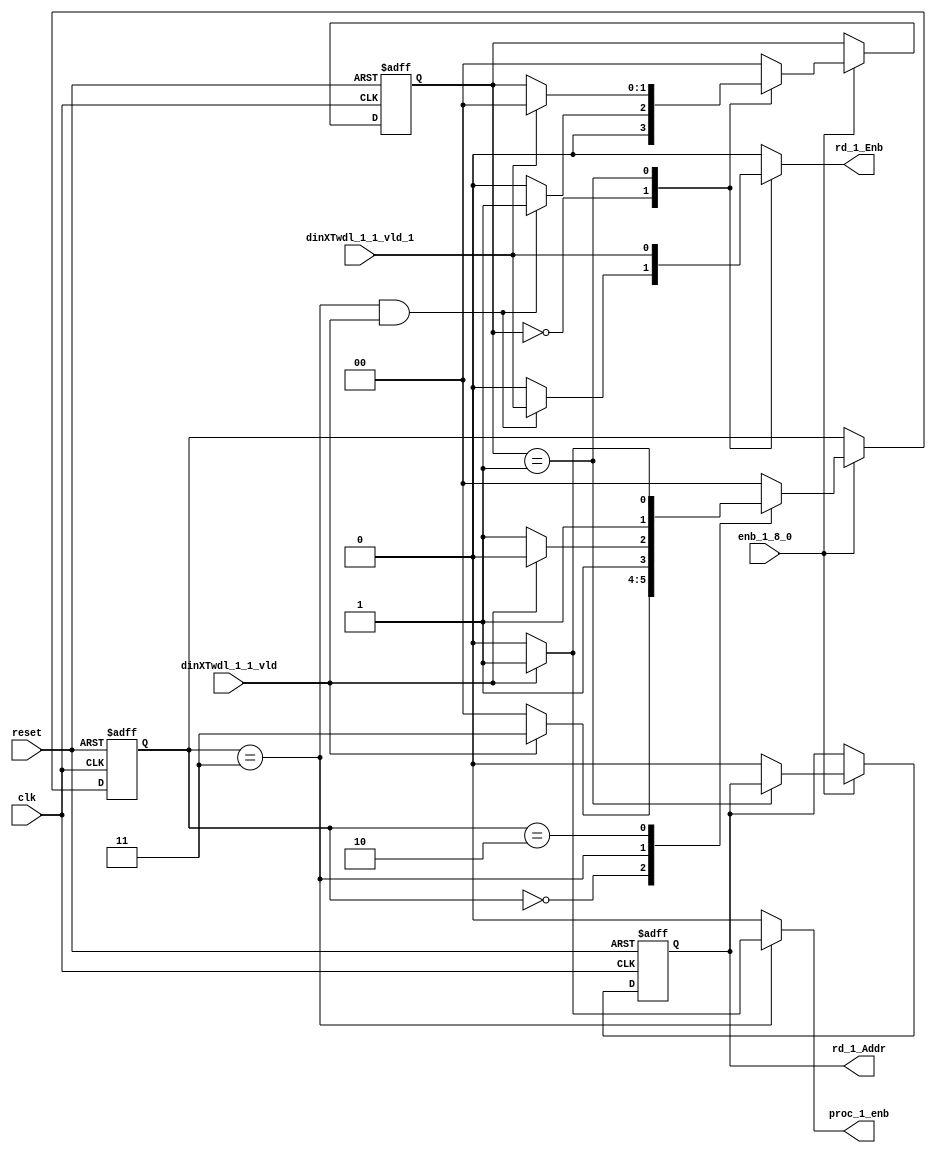
// -------------------------------------------------------------
// 
// 
// Generated by MATLAB 9.13 and HDL Coder 4.0
// 
// -------------------------------------------------------------


// -------------------------------------------------------------
// 
// Module: RADIX22FFT_CTRL1_1
// Source Path: joe_fft/FFT/RADIX22FFT_CTRL1_1
// Hierarchy Level: 2
// 
// -------------------------------------------------------------

`timescale 1 ns / 1 ns

module RADIX22FFT_CTRL1_1
          (clk,
           reset,
           enb_1_8_0,
           dinXTwdl_1_1_vld,
           dinXTwdl_1_1_vld_1,
           rd_1_Addr,
           rd_1_Enb,
           proc_1_enb);


  input   clk;
  input   reset;
  input   enb_1_8_0;
  input   dinXTwdl_1_1_vld;
  input   dinXTwdl_1_1_vld_1;
  output  rd_1_Addr;
  output  rd_1_Enb;
  output  proc_1_enb;


  reg [1:0] SDFController_wrState;  // ufix2
  reg [1:0] SDFController_rdState;  // ufix2
  reg  SDFController_rdAddr_reg;  // ufix1
  reg [1:0] SDFController_multjState;  // ufix2
  reg [1:0] SDFController_wrState_next;  // ufix2
  reg [1:0] SDFController_rdState_next;  // ufix2
  reg  SDFController_rdAddr_reg_next;  // ufix1
  reg [1:0] SDFController_multjState_next;  // ufix2
  reg  rd_1_Addr_1;
  reg  rd_1_Enb_1;
  reg  proc_1_enb_1;
  reg  multiply_1_J;


  // SDFController
  always @(posedge clk or posedge reset)
    begin : SDFController_process
      if (reset == 1'b1) begin
        SDFController_rdAddr_reg <= 1'b0;
        SDFController_wrState <= 2'b00;
        SDFController_rdState <= 2'b00;
        SDFController_multjState <= 2'b00;
      end
      else begin
        if (enb_1_8_0) begin
          SDFController_wrState <= SDFController_wrState_next;
          SDFController_rdState <= SDFController_rdState_next;
          SDFController_rdAddr_reg <= SDFController_rdAddr_reg_next;
          SDFController_multjState <= SDFController_multjState_next;
        end
      end
    end

  always @(SDFController_multjState, SDFController_rdAddr_reg, SDFController_rdState,
       SDFController_wrState, dinXTwdl_1_1_vld, dinXTwdl_1_1_vld_1) begin
    SDFController_wrState_next = SDFController_wrState;
    SDFController_rdState_next = SDFController_rdState;
    SDFController_rdAddr_reg_next = SDFController_rdAddr_reg;
    SDFController_multjState_next = SDFController_multjState;
    case ( SDFController_multjState)
      2'b00 :
        begin
          SDFController_multjState_next = 2'b00;
          multiply_1_J = 1'b0;
          if (SDFController_rdState == 2'b01) begin
            SDFController_multjState_next = 2'b01;
          end
        end
      2'b01 :
        begin
          multiply_1_J = 1'b0;
          if (SDFController_rdState == 2'b00) begin
            SDFController_multjState_next = 2'b10;
          end
        end
      2'b10 :
        begin
          multiply_1_J = 1'b0;
          SDFController_multjState_next = 2'b11;
        end
      2'b11 :
        begin
          multiply_1_J = 1'b1;
          SDFController_multjState_next = 2'b00;
        end
      default :
        begin
          SDFController_multjState_next = 2'b00;
          multiply_1_J = 1'b0;
        end
    endcase
    case ( SDFController_rdState)
      2'b00 :
        begin
          SDFController_rdState_next = 2'b00;
          SDFController_rdAddr_reg_next = 1'b0;
          rd_1_Enb_1 = 1'b0;
          if ((SDFController_wrState == 2'b11) && dinXTwdl_1_1_vld) begin
            SDFController_rdState_next = 2'b01;
            rd_1_Enb_1 = dinXTwdl_1_1_vld_1;
          end
        end
      2'b01 :
        begin
          rd_1_Enb_1 = dinXTwdl_1_1_vld_1;
          if (dinXTwdl_1_1_vld_1) begin
            SDFController_rdState_next = 2'b00;
          end
        end
      default :
        begin
          SDFController_rdState_next = 2'b00;
          SDFController_rdAddr_reg_next = 1'b0;
          rd_1_Enb_1 = 1'b0;
        end
    endcase
    case ( SDFController_wrState)
      2'b00 :
        begin
          SDFController_wrState_next = 2'b00;
          proc_1_enb_1 = 1'b0;
          if (dinXTwdl_1_1_vld) begin
            SDFController_wrState_next = 2'b11;
          end
        end
      2'b11 :
        begin
          SDFController_wrState_next = 2'b11;
          proc_1_enb_1 = 1'b0;
          if (dinXTwdl_1_1_vld) begin
            SDFController_wrState_next = 2'b10;
            proc_1_enb_1 = 1'b1;
          end
        end
      2'b10 :
        begin
          proc_1_enb_1 = 1'b0;
          SDFController_wrState_next = 2'b10;
          if (dinXTwdl_1_1_vld) begin
            SDFController_wrState_next = 2'b11;
          end
        end
      default :
        begin
          SDFController_wrState_next = 2'b00;
          proc_1_enb_1 = 1'b0;
        end
    endcase
    rd_1_Addr_1 = SDFController_rdAddr_reg;
  end



  assign rd_1_Addr = rd_1_Addr_1;

  assign rd_1_Enb = rd_1_Enb_1;

  assign proc_1_enb = proc_1_enb_1;

endmodule  // RADIX22FFT_CTRL1_1